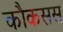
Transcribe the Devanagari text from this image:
कौकसस